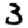
Digit: 3